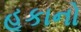
હૂકાનો